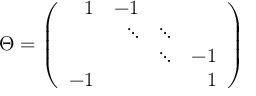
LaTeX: \Theta = \left( \begin{array} { r r r r } { { 1 } } & { { - 1 } } & { { } } & { { } } \\ { { } } & { { \ddots } } & { { \ddots } } & { { } } \\ { { } } & { { } } & { { \ddots } } & { { - 1 } } \\ { { - 1 } } & { { } } & { { } } & { { 1 } } \end{array} \right)